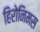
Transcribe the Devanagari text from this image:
हिरोनिमस